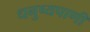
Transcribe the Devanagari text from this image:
धनुष्यपाणी